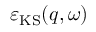
\varepsilon _ { \mathrm { K S } } ( q , \omega )